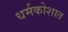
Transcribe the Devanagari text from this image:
धर्मकोशात